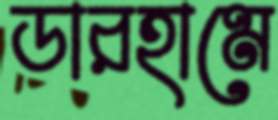
ডারহামে